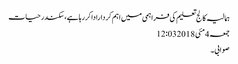
ہمالیہ کالج تعلیم کی فراہمی میں اہم کرداراداکررہاہے،سکندرحیات
جمعہ 4 مئی 2018 12:03
صوابی۔